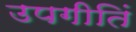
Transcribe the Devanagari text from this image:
उपगीतिं